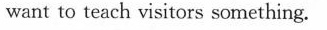
want to teach visitors something.